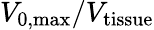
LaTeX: V_{\mathrm{0,max}}/V_{\mathrm{tissue}}